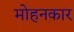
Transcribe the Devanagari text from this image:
मोहनकार